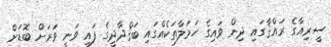
ސީރިއާގެ ރައްޤާގައި ދިން ވައިގެ ހަމަލާތަކެއްގައި ބަޤްދާދީގެ ފައި ވަނީ ވަރަށް ބޮޑަށް